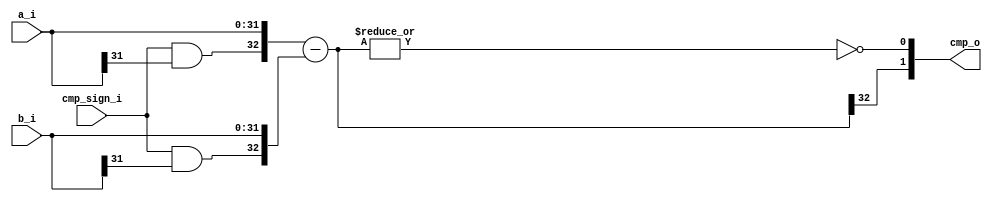
module cmp(
input   wire            cmp_sign_i,
input   wire    [31:0]  a_i,
input   wire    [31:0]  b_i,
output  wire    [1:0]   cmp_o   // cmp[1] ,cmp[0] 
);

wire    [32:0]  a_ext;
wire    [32:0]  b_ext;
wire    [32:0]  c_ext;

assign a_ext = {cmp_sign_i&a_i[31], a_i};
assign b_ext = {cmp_sign_i&b_i[31], b_i};
assign c_ext = a_ext - b_ext;
assign cmp_o[0] = ~|c_ext;
assign cmp_o[1] = c_ext[32];

endmodule